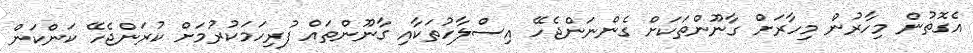
އެގޮތުން މިހާރުން މިހާރަށް ގާނޫންތަކަށް ގެންނަންޖެހޭ އިސްލާހުތަކާއި ގާނޫންތައް ފުރިހަމަކުރުމަށް ކުރަންޖެހޭ ކަންކަން